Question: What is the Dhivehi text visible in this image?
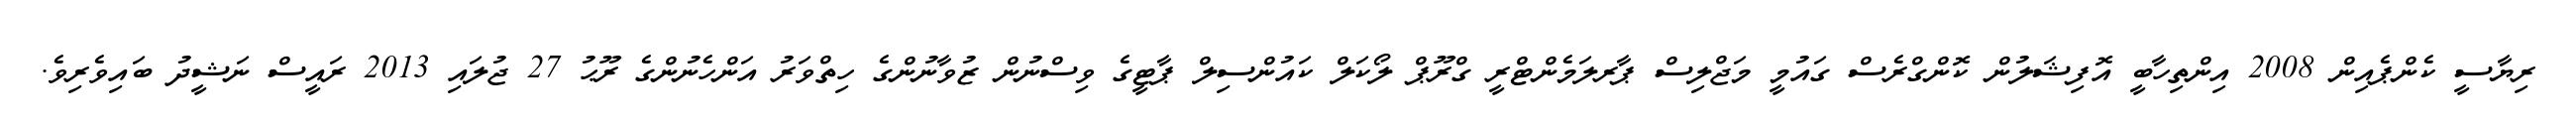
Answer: ރިޔާސީ ކެންޕެއިން 2008 އިންތިހާބީ އޮފިޝަލުން ކޮންގްރެސް ގައުމީ މަޖްލިސް ޕާރލަމެންޓްރީ ގްރޫޕް ލޯކަލް ކައުންސިލް ޕާޓީގެ ވިސްނުން ޒުވާނުންގެ ހިތްވަރު އަންހެނުންގެ ރޫޙު 27 ޖުލައި 2013 ރައީސް ނަޝީދު ބައިވެރިވެ.